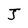
Character: J